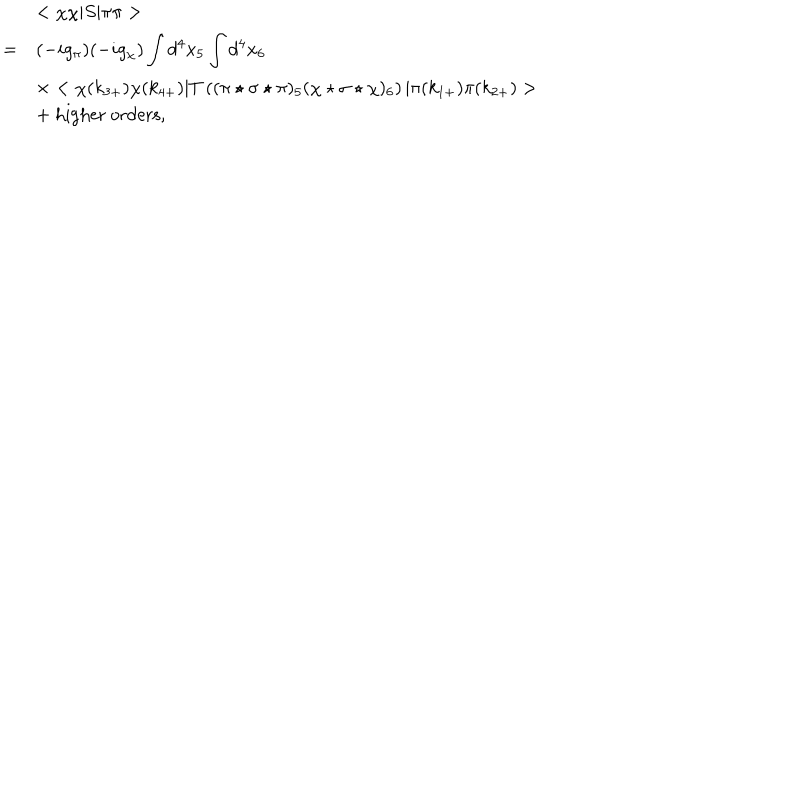
\begin{array} { r l } { { } } & { { < \chi \chi | S | \pi \pi > } } \\ { { = } } & { { \displaystyle ( - i g _ { \pi } ) ( - i g _ { \chi } ) \int d ^ { 4 } x _ { 5 } \int d ^ { 4 } x _ { 6 } } } \\ { { } } & { { \displaystyle \times < \chi ( k _ { 3 + } ) \chi ( k _ { 4 + } ) | T \left( ( \pi \star \sigma \star \pi ) _ { 5 } ( \chi \star \sigma \star \chi ) _ { 6 } \right) | \pi ( k _ { 1 + } ) \pi ( k _ { 2 + } ) > } } \\ { { \displaystyle } } & { { + \mathrm { ~ h i g h e r ~ o r d e r s } , } } \\ \end{array}